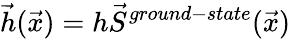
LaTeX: \vec{h}(\vec{x})=h\vec{S}^{ground-state}(\vec{x})